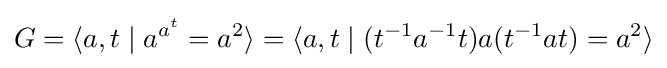
G=\langle a,t\mid a^{a^{t}}=a^{2}\rangle =\langle a,t\mid (t^{-1}a^{-1}t)a(t^{-1}at)=a^{2}\rangle